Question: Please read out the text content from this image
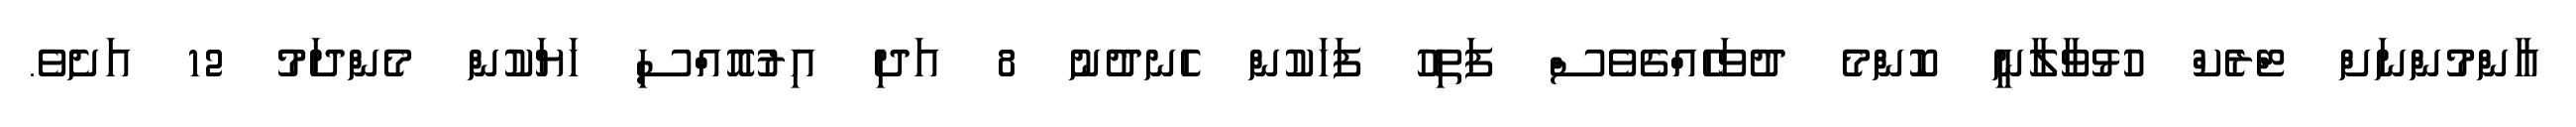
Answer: އާންމުންނަށް ޓްރެކް ހުޅުވާލާނީ ކޮންމެ ދުވަހެއްގެވެސް ފަތިހު ފަހަކުން ހެނދުނު 8 އަދި އިރުއޮއްސި ހަޔަކުން މެންދަމު 12 އަށެވެ.